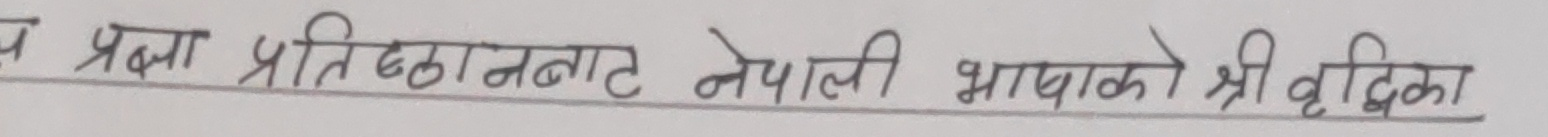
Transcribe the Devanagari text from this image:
प्रज्ञा प्रतिष्ठानबाट नेपाली भाषाको श्री वृद्धिका